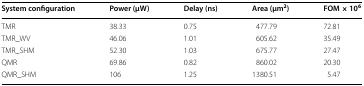
| System configuration | Power (μW) | Delay (ns) | Area (μm2) | FOM × 106 |
 | --- | --- | --- | --- | --- |
 | TMR | 38.33 | 0.75 | 477.79 | 72.81 |
 | TMR_WV | 46.06 | 1.01 | 605.62 | 35.49 |
 | TMR_SHM | 52.30 | 1.03 | 675.77 | 27.47 |
 | QMR | 69.86 | 0.82 | 860.02 | 20.30 |
 | QMR_SHM | 106 | 1.25 | 1380.51 | 5.47 |